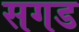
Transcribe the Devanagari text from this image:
सगड